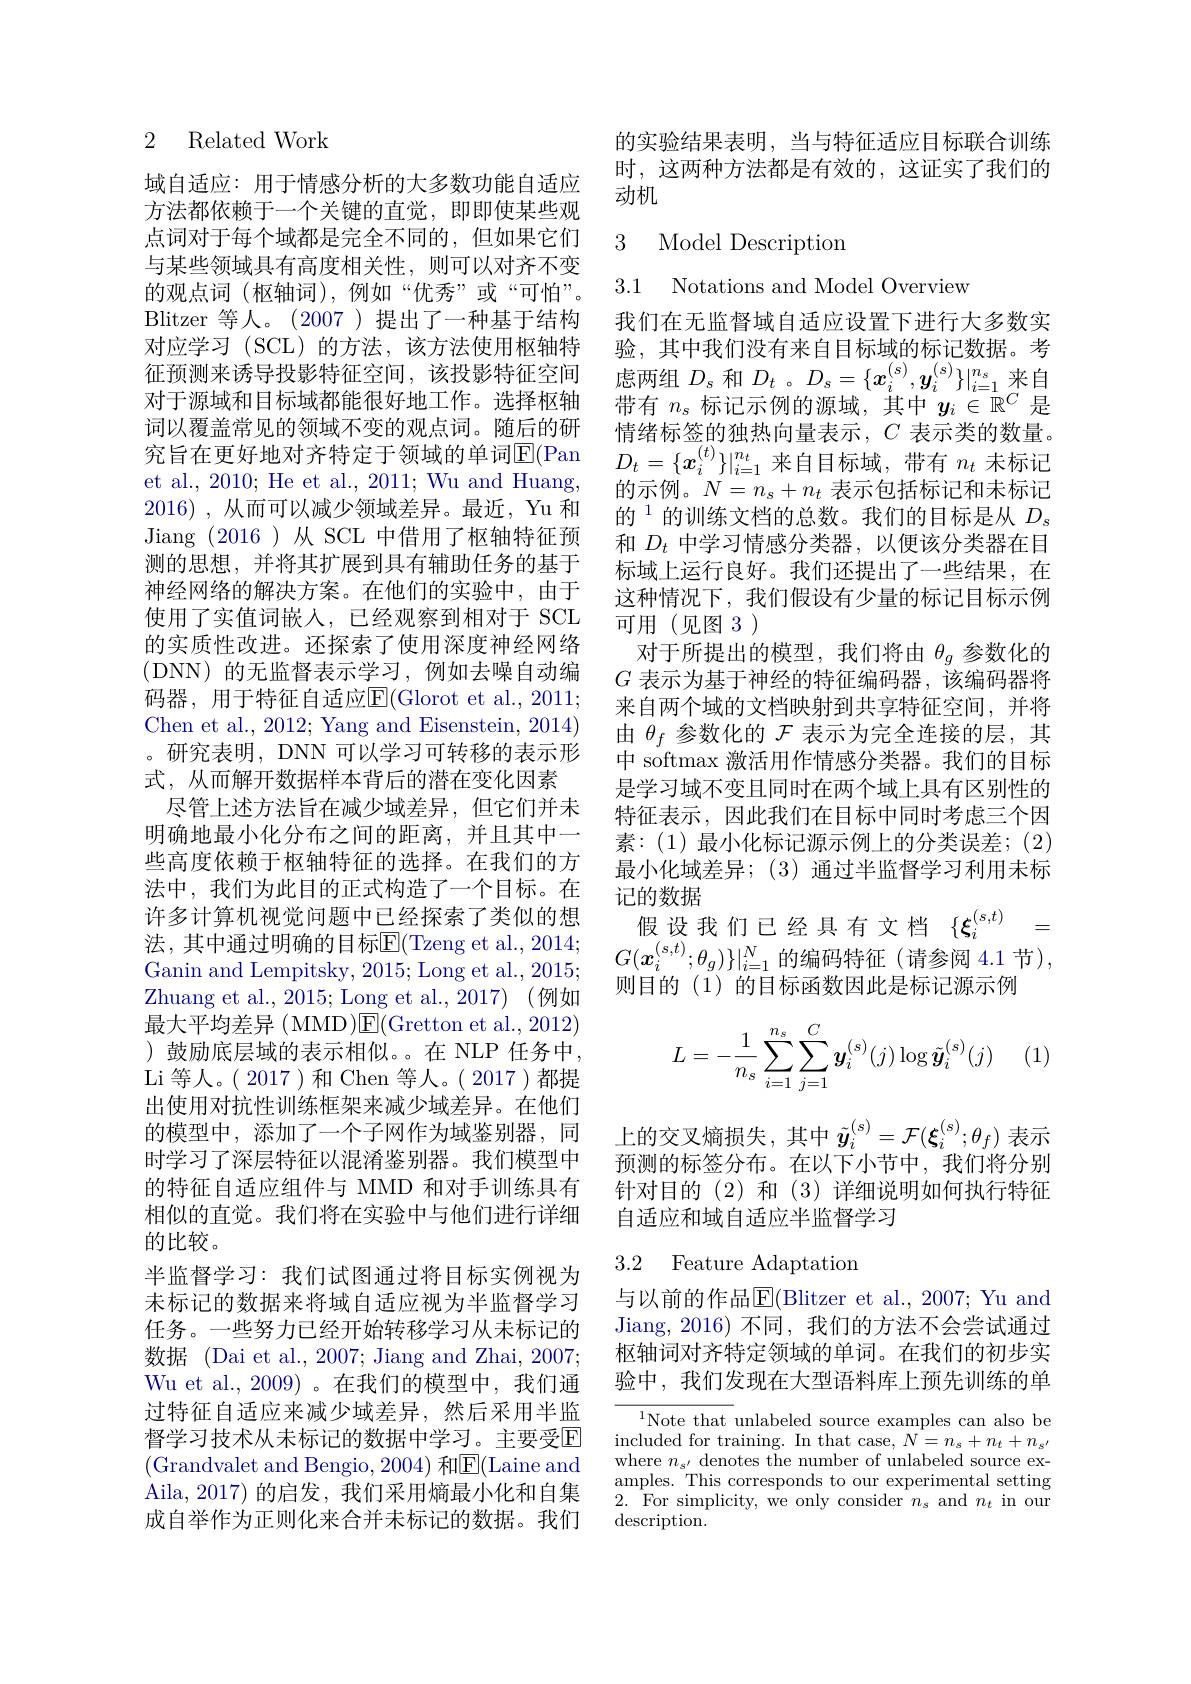
### 2 Related Work

域自适应：用于情感分析的大多数功能自适应方法都依赖于一个关键的直觉，即即使某些观点词对于每个域都是完全不同的，但如果它们与某些领域具有高度相关性，则可以对齐不变的观点词(枢轴词),例如“优秀”或“可怕”。Blitzer 等人。(2007)提出了一种基于结构对应学习 (SCL)的方法，该方法使用枢轴特征预测来诱导投影特征空间，该投影特征空间对于源域和目标域都能很好地工作。选择枢轴词以覆盖常见的领域不变的观点词。随后的研究旨在更好地对齐特定于领域的单词$\mathbb{E}($Pan et al., 2010; He et al., 2011; Wu and Huang, 2016) , 从而可以减少领域差异。最近，Yu 和Jiang (2016)从 SCL 中借用了枢轴特征预测的思想，并将其扩展到具有辅助任务的基于神经网络的解决方案。在他们的实验中，由于使用了实值词嵌人，已经观察到相对于 SCL 的实质性改进。还探索了使用深度神经网络(DNN)的无监督表示学习，例如去噪自动编码器，用于特征自适应E$( Glorot et al. , 2011;$ Chen et al., 2012; Yang and Eisenstein, 2014) 。研究表明，DNN 可以学习可转移的表示形式，从而解开数据样本背后的潜在变化因素
尽管上述方法旨在减少域差异，但它们并未明确地最小化分布之间的距离，并且其中一些高度依赖于枢轴特征的选择。在我们的方法中，我们为此目的正式构造了一个目标。在许多计算机视觉问题中已经探索了类似的想法，其中通过明确的目标$\overline{\mathrm{E}}($Tzeng et al.,2014; Ganin and Lempitsky, 2015; Long et al., 2015; Zhuang et al. , 2015; Long et al. , 2017) ( 例 如 最大平均差异(MMD)E(Gretton et al., 2012) ) 鼓励底层域的表示相似。。在 NLP 任务中， Li 等人。( 2017 )和 Chen 等人。( 2017 )都提出使用对抗性训练框架来减少域差异。在他们的模型中，添加了一个子网作为域鉴别器，同时学习了深层特征以混淆鉴别器。我们模型中的特征自适应组件与 MMD 和对手训练具有相似的直觉。我们将在实验中与他们进行详细的比较。
半监督学习：我们试图通过将目标实例视为未标记的数据来将域自适应视为半监督学习任务。一些努力已经开始转移学习从未标记的数据 (Dai et al., 2007; Jiang and Zhai, 2007; Wu et al., 2009)。在我们的模型中，我们通过特征自适应来减少域差异，然后采用半监督学习技术从未标记的数据中学习。主要受$\mathbb{E}$ (Grandvalet and Bengio, 2004) 和$\overline{\mathrm{E}}($Laine and Aila, 2017) 的启发，我们采用熵最小化和自集成自举作为正则化来合并未标记的数据。我们

的实验结果表明，当与特征适应目标联合训练时，这两种方法都是有效的，这证实了我们的动机

3 Model Description

3.1 Notations and Model Overview
我们在无监督域自适应设置下进行大多数实验，其中我们没有来自目标域的标记数据。考虑两组$D_s$和$D_t$ 。$D_s=\{x_i^{(s)},y_i^{(s)}\}|_{i=1}^{n_s}$来自带有$n_\mathrm{s}$标记示例的源域，其中$y_i\in\mathbb{R}^C$是情绪标签的独热向量表示，$C$表示类的数量。$D_t=\{x_i^{(t)}\}|_{i=1}^{n_t}$来自目标域，带有$n_t$未标记的示例。$N=n_s+n_t$表示包括标记和未标记的$^{1}$的训练文档的总数。我们的目标是从$D_s$ 和$D_t$中学习情感分类器，以便该分类器在目标域上运行良好。我们还提出了一些结果，在这种情况下，我们假设有少量的标记目标示例可用(见图3)
对于所提出的模型，我们将由$\theta_g$参数化的$G$表示为基于神经的特征编码器，该编码器将来自两个域的文档映射到共享特征空间，并将由$\theta_f$参数化的$\mathcal{F}$表示为完全连接的层，其中 softmax 激活用作情感分类器。我们的目标是学习域不变且同时在两个域上具有区别性的特征表示，因此我们在目标中同时考虑三个因素：(1)最小化标记源示例上的分类误差；(2) 最小化域差异；(3)通过半监督学习利用未标记的数据
假设我们已经具有文档$\{\boldsymbol\xi_i^{(s,t)}=$ $G(\boldsymbol{x}_{i}^{(s,t)};\theta_{g})\}|_{i=1}^{N}$的编码特征(请参阅 4.1节), 则目的(1)的目标函数因此是标记源示例
$$L=-\dfrac{1}{n_s}\sum_{i=1}^{n_s}\sum_{j=1}^C\boldsymbol{y}_i^{(s)}(j)\log\tilde{\boldsymbol{y}}_i^{(s)}(j)$$
(1)

上的交叉熵损失，其中$\tilde{y}_i^{(s)}=\mathcal{F}(\boldsymbol{\xi}_i^{(s)};\theta_f)$表示预测的标签分布。在以下小节中，我们将分别针对目的(2)和(3)详细说明如何执行特征自适应和域自适应半监督学习

## 3.2 Feature Adaptation

与以前的作品$\boxed{\mathrm{F}}($Blitzer et al., 2007; Yu and Jiang, 2016) 不同，我们的方法不会尝试通过枢轴词对齐特定领域的单词。在我们的初步实验中，我们发现在大型语料库上预先训练的单

$^{1}$Note that unlabeled source examples can also be included for training. In that case, $N=n_s+n_t+n_{s^{\prime}}$ where $n_{s^{\prime}}$ denotes the number of unlabeled source examples. This corresponds to our experimental setting $2.{\mathrm{~For~simplicity,~we~only~consider~}}n_{s}{\mathrm{~and~}}n_{t}{\mathrm{~in~our}}$ $\operatorname{description}.$